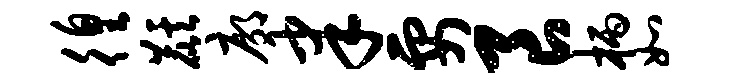
徨麒廓聿要良柄如